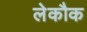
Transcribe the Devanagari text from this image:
लेकौक